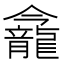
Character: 𪚕